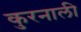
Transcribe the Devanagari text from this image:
कुरनाली